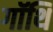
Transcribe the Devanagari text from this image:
गॉथि